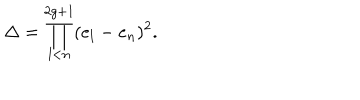
LaTeX: \Delta = \prod _ { l < n } ^ { 2 g + 1 } ( e _ { l } - e _ { n } ) ^ { 2 } .